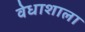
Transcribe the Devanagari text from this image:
वेधाशाला